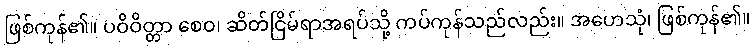
ဖြစ်ကုန်၏။ ပဝိဝိတ္တာ စေဝ၊ ဆိတ်ငြိမ်ရာအရပ်သို့ ကပ်ကုန်သည်လည်း။ အဟေသုံ၊ ဖြစ်ကုန်၏။